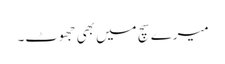
میرے سچ میں بھی جھوٹ۔